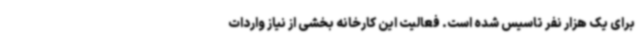
برای یک هزار نفر تاسیس شده است. فعالیت این کارخانه بخشی از نیاز واردات